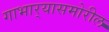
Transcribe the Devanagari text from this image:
गाभार्‍यासमोरील